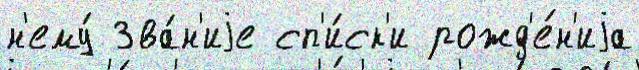
н'ему́ Зва́н'иjе сп'и́ск'и рожд'е́н'иjа